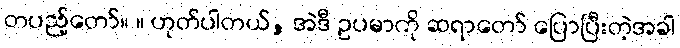
တပည့်တော်။ ။ ဟုတ်ပါတယ်, အဲဒီ ဥပမာကို ဆရာတော် ပြောပြီးတဲ့အခါ